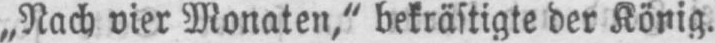
„Nach vier Monaten,“ bekräftigte der König.